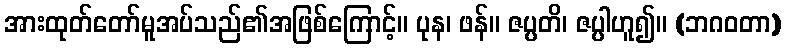
အားထုတ်တော်မူအပ်သည်၏အဖြစ်ကြောင့်။ ပုန၊ ဖန်။ ဇပ္ပတိ၊ ဇပ္ပါဟူ၍။ (ဘဂဝတာ)